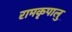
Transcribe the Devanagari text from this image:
रामकृपालु